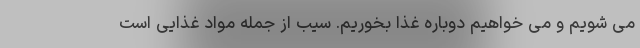
می شویم و می خواهیم دوباره غذا بخوریم. سیب از جمله مواد غذایی است